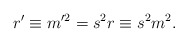
\begin{align*}r^{\prime}\equiv m^{\prime 2}=s^2r\equiv s^2m^2.\end{align*}